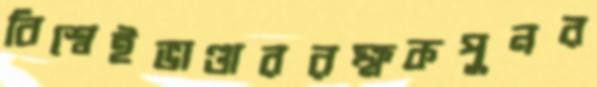
বিশ্বেইভাণ্ডাররক্ষকপুনর